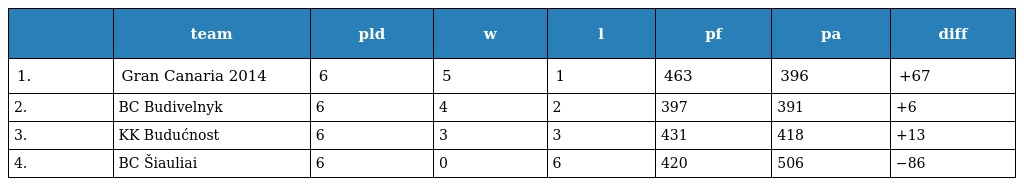
|  | team | pld | w | l | pf | pa | diff |
 | --- | --- | --- | --- | --- | --- | --- | --- |
 | 1. | Gran Canaria 2014 | 6 | 5 | 1 | 463 | 396 | +67 |
 | 2. | BC Budivelnyk | 6 | 4 | 2 | 397 | 391 | +6 |
 | 3. | KK Budućnost | 6 | 3 | 3 | 431 | 418 | +13 |
 | 4. | BC Šiauliai | 6 | 0 | 6 | 420 | 506 | −86 |